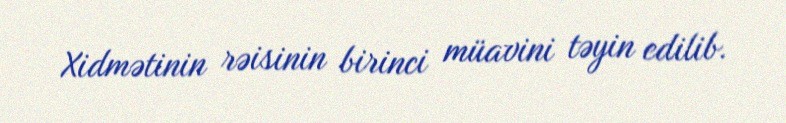
Xidmətinin rəisinin birinci müavini təyin edilib.